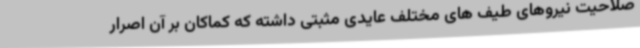
صلاحیت نیروهای طیف های مختلف عایدی مثبتی داشته که کماکان بر آن اصرار